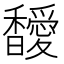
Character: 𩡣